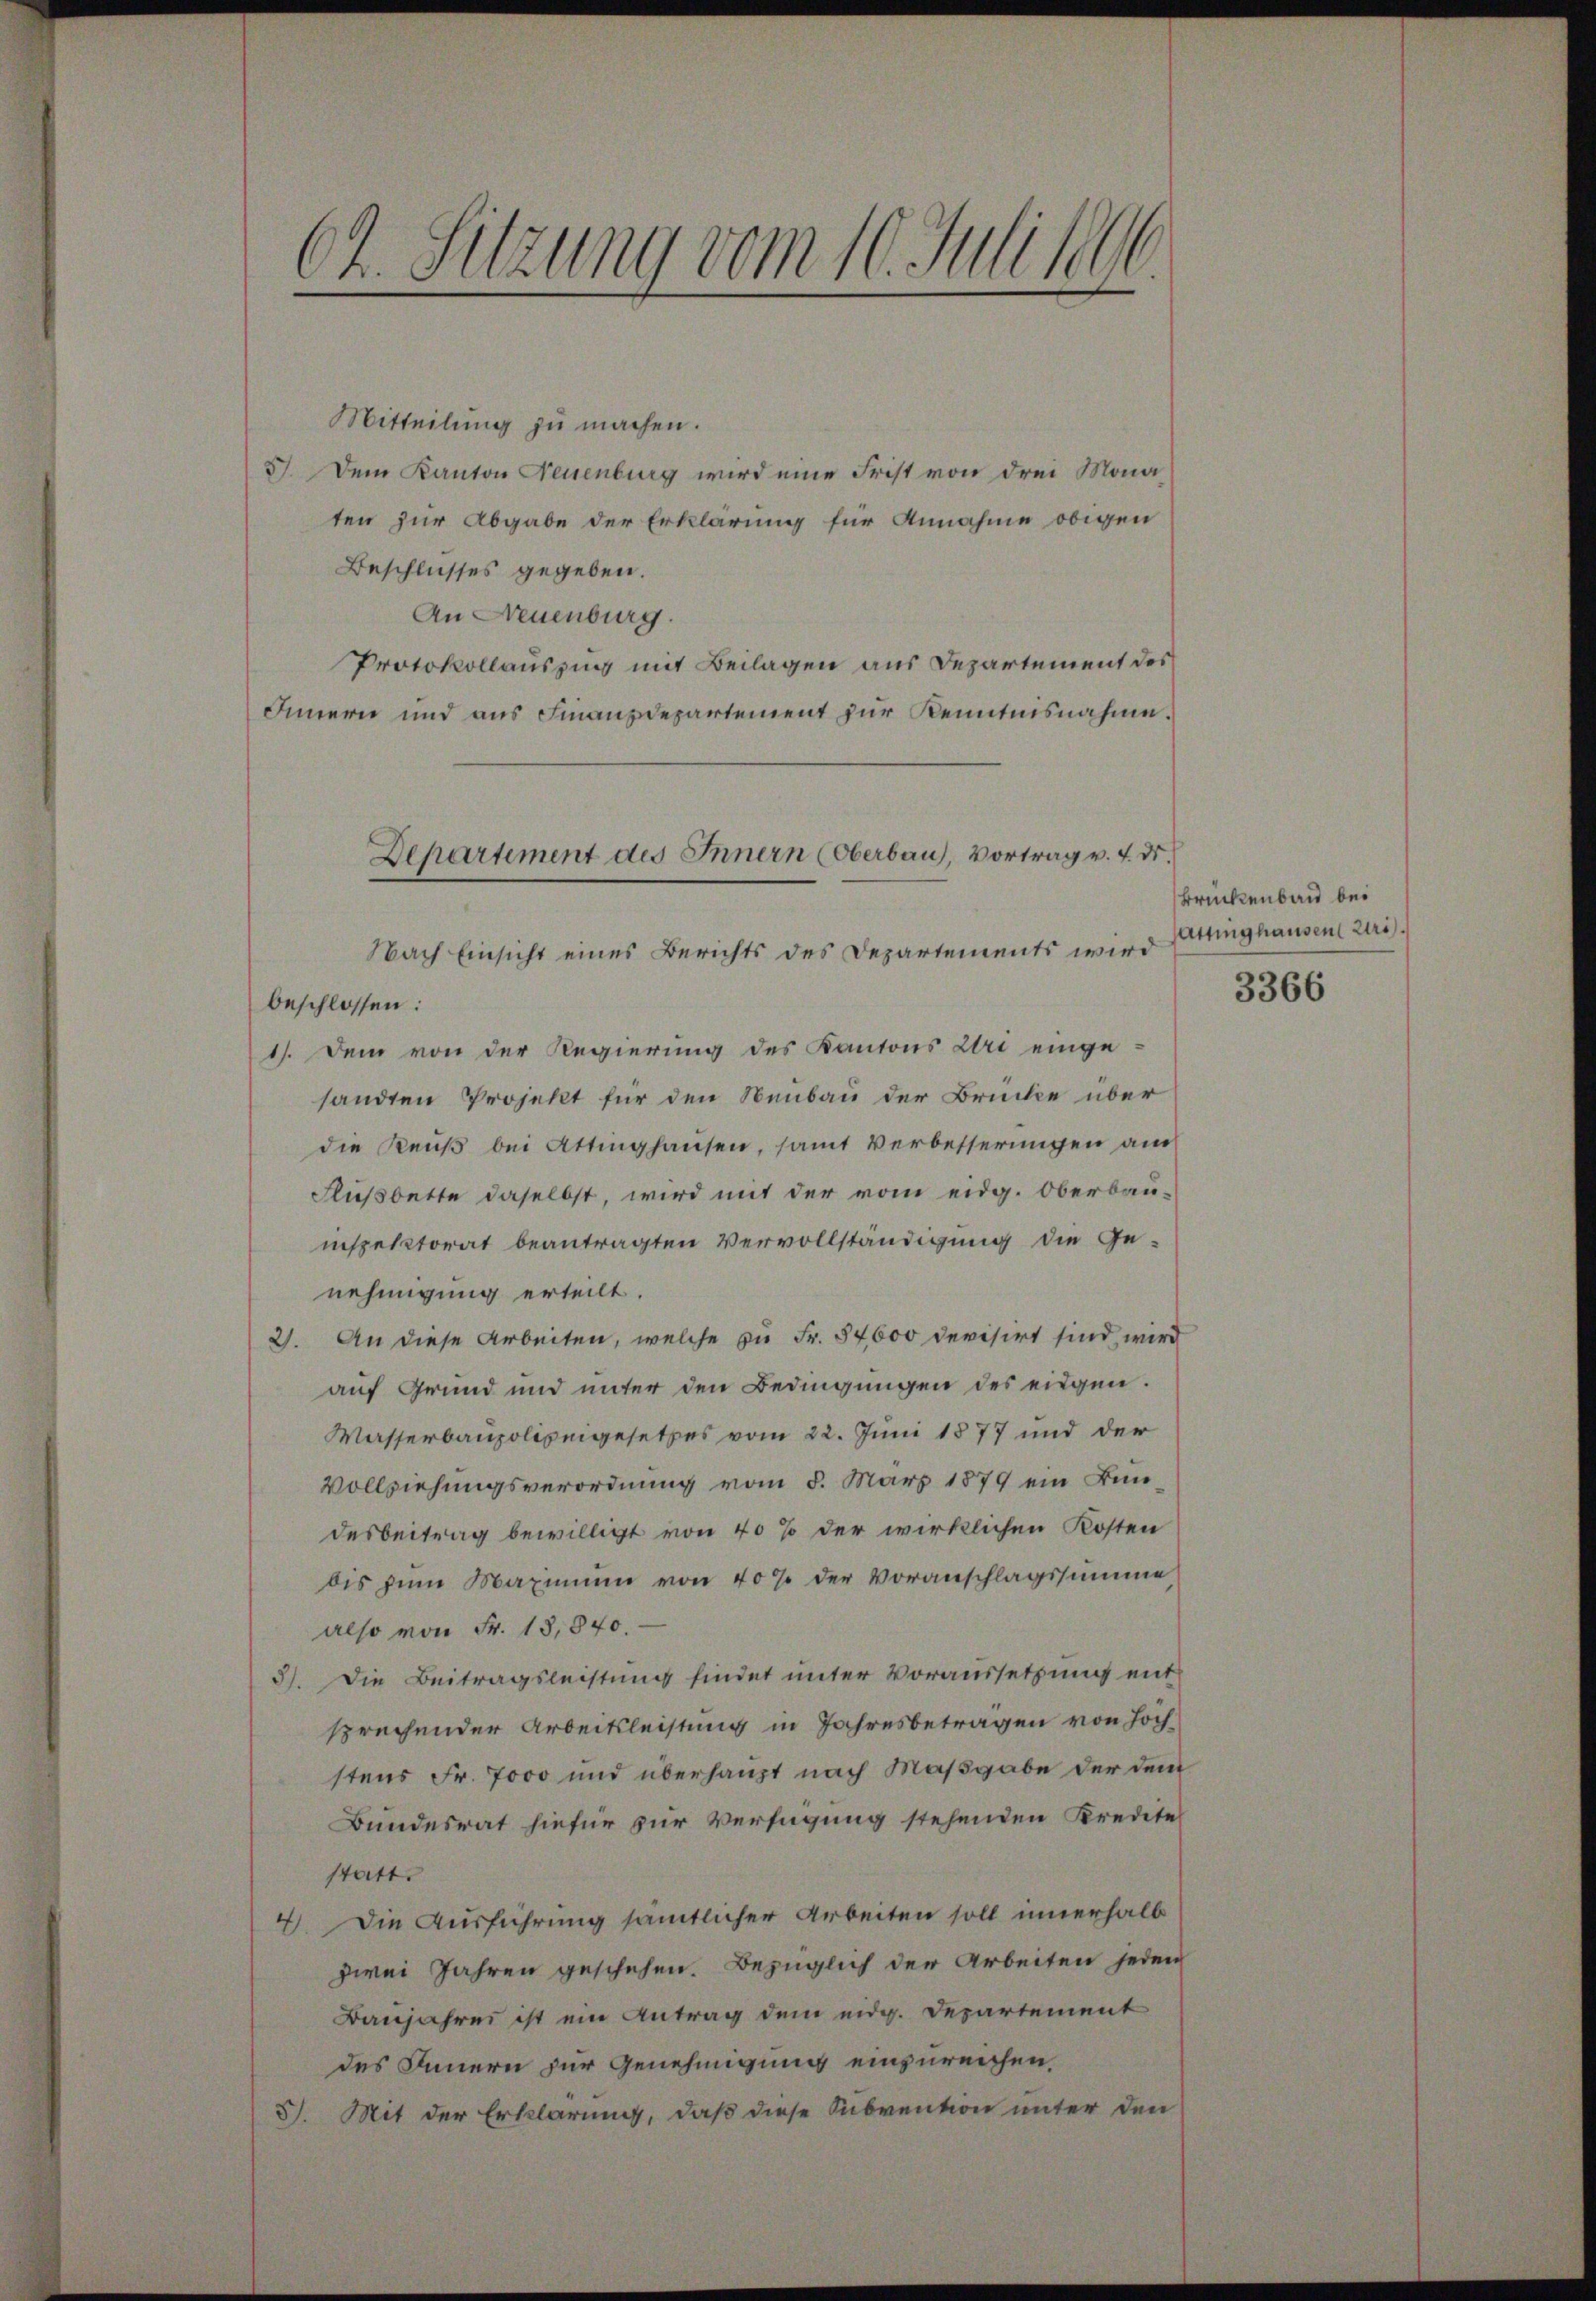
Ch. Sitzung vom 10. Juli 1896.

Mitteilung zu machen.
3. Dem Kanton Neuenburg wird eine Frist von drei Monaten zur Abgabe der Erklärung für Annahme obigen
Beschlusses gegeben.
An Neuenburg.
Protokollaussin mit Beilagen aus Departement des
Innern und aus Finanzdepartement zur Kenntnisnahme.
Nach Einsicht eines Berichts des Departements wird
beschlossen:
1). Dem von der Regierung des Kantons Uri eingesandten Projekt für den Neubau der Brücke über
die Reuß bei Attinghausen, samt verbesserungen am
Flußbette daselbst, wird mit der vom eidg. Oberbauinspektorat beantragten Vervollständigung die Genehmigung erteilt.
2). An diese Arbeiten, welche zu Fr. 54000 devisirt sind, wird
auf Grund und unter den Bedingungen des eidgen.
Wasserbaupolizeigesetzes vom 22. Juni 1877 und der
Vollziehungsverordnung vom 5. März 1879 ein Bundesbeitrag bewilligt von 40% der wirklichen Kosten
bis zum Maximum von 40% der Voranschlagssumme
also von Fr. 13,840.
3). Die Beitragsleistung findet unter Voraussetzung ent
sprechender Arbeitsleistung in Jahresbetragen von Höchstens Fr. 7000 und überhaupt nach Maßgabe der dem
Bundesrat hiefür zur Verfügung stehenden Kredite
statt.
4). Die Ausführung sämtlicher Arbeiten soll innerhalb
zwei Jahren geschehen. Bezüglich der Arbeiten jeden
Banjahres ist ein Antrag dene eidg. Departement
des Innern zur Genehmigung einzureichen.
Mit der Erklärung, daß diese Subvention unter den
57.

Departement des Innern (Oberbau), Vortrag v. 4. ds.

Brückenband bei
attinghausen Uri.

3366